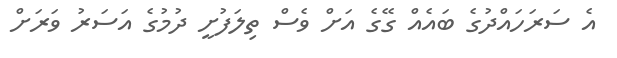
އެ ސަރަހައްދުގެ ބައެއް ގޭގެ އަށް ވެސް ތިލަފުށީ ދުމުގެ އަސަރު ވަރަށް